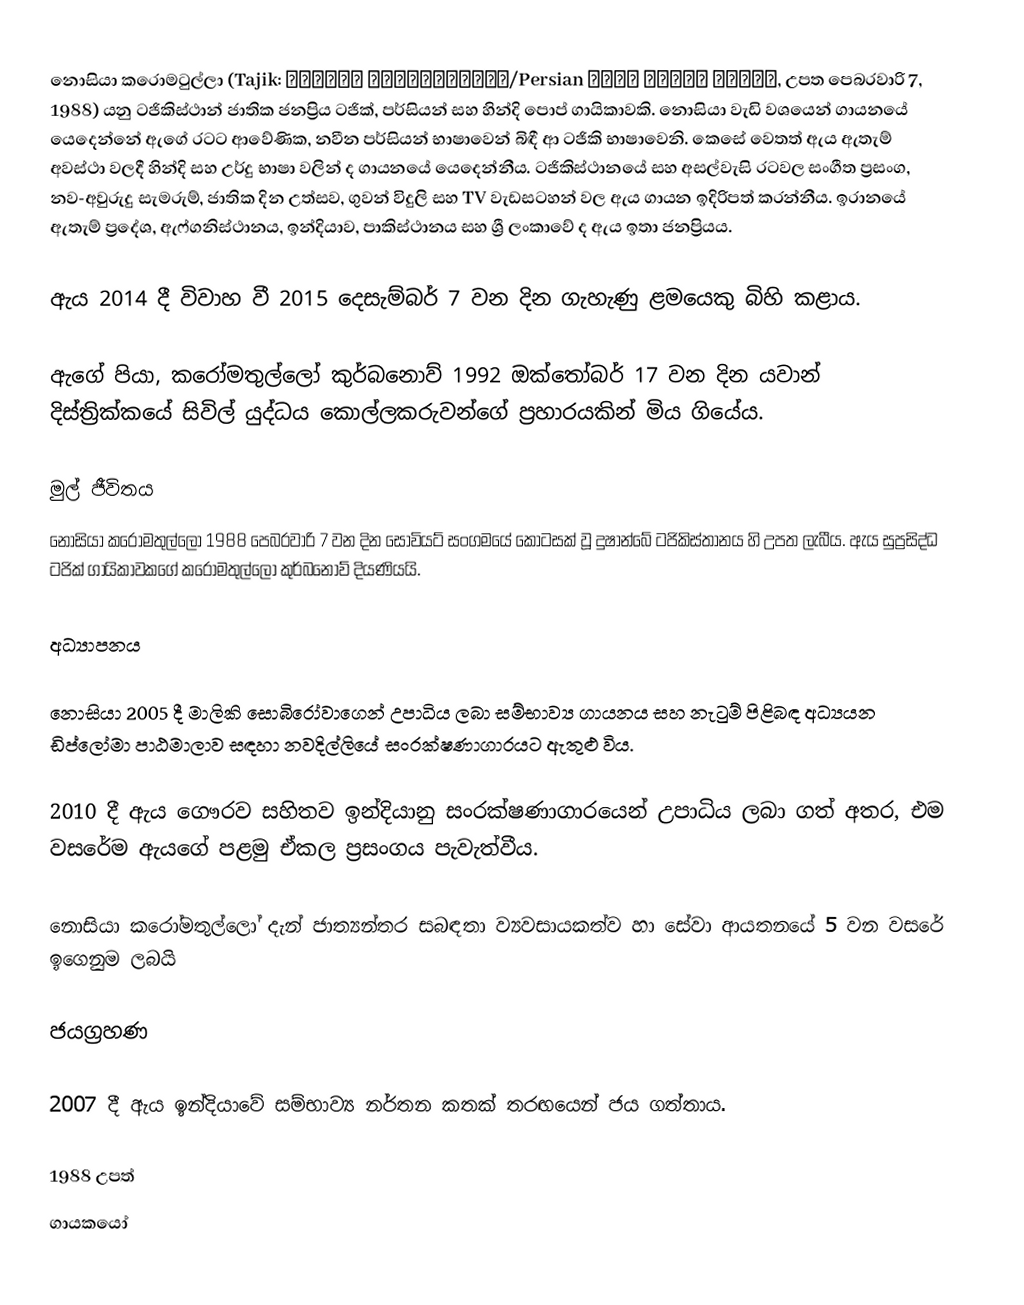
නොසියා කරොමටුල්ලා (Tajik: Нозияи Кароматулло/Persian نازیه کرامت الله, උපත පෙබරවාරි 7, 1988) යනු ටජිකිස්ථාන් ජාතික ජනප්‍රිය ටජික්, පර්සියන් සහ හින්දි පොප් ගායිකාවකි. නොසියා වැඩි වශයෙන් ගායනයේ යෙදෙන්නේ ඇගේ රටට ආවේණික, නවීන පර්සියන් භාෂාවෙන් බිඳී ආ ටජිකි භාෂාවෙනි. කෙසේ වෙතත් ඇය ඇතැම් අවස්ථා වලදී හින්දි සහ උර්දු භාෂා වලින් ද ගායනයේ යෙදෙන්නීය. ටජිකිස්ථානයේ සහ අසල්වැසි රටවල සංගීත ප්‍රසංග, නව-අවුරුදු සැමරුම්, ජාතික දින උත්සව, ගුවන් විදුලි සහ TV වැඩසටහන් වල ඇය ගායන ඉදිරිපත් කරන්නීය. ඉරානයේ ඇතැම් ප්‍රදේශ, ඇෆ්ගනිස්ථානය, ඉන්දියාව, පාකිස්ථානය සහ ශ්‍රී ලංකාවේ ද ඇය ඉතා ජනප්‍රියය.

ඇය 2014 දී විවාහ වී 2015 දෙසැම්බර් 7 වන දින ගැහැණු ළමයෙකු බිහි කළාය.

 ඇගේ පියා, කරෝමතුල්ලෝ කුර්බනොව් 1992 ඔක්තෝබර් 17 වන දින යවාන් දිස්ත්‍රික්කයේ  සිවිල් යුද්ධය කොල්ලකරුවන්ගේ ප්‍රහාරයකින් මිය ගියේය.

මුල් ජීවිතය
නොසියා කරෝමතුල්ලෝ 1988 පෙබරවාරි 7 වන දින සෝවියට් සංගමයේ කොටසක් වූ දුෂාන්බේ ටජිකිස්තානය හි උපත ලැබීය.  ඇය සුප්‍රසිද්ධ ටජික් ගායිකාවකගේ කරෝමතුල්ලෝ කුර්බනොව් දියණියයි.

අධ්‍යාපනය

නොසියා 2005 දී මාලිකි සොබිරෝවාගෙන් උපාධිය ලබා සම්භාව්‍ය ගායනය සහ නැටුම් පිළිබඳ අධ්‍යයන ඩිප්ලෝමා පාඨමාලාව සඳහා නවදිල්ලියේ සංරක්ෂණාගාරයට ඇතුළු විය.

2010 දී ඇය ගෞරව සහිතව ඉන්දියානු සංරක්ෂණාගාරයෙන් උපාධිය ලබා ගත් අතර, එම වසරේම ඇයගේ පළමු ඒකල ප්‍රසංගය පැවැත්වීය.

නොසියා කරෝමතුල්ලෝ දැන් ජාත්‍යන්තර සබඳතා ව්‍යවසායකත්ව හා සේවා ආයතනයේ 5 වන වසරේ ඉගෙනුම ලබයි

ජයග්‍රහණ

2007 දී ඇය ඉන්දියාවේ සම්භාව්‍ය නර්තන කතක් තරඟයෙන් ජය ගත්තාය.

1988 උපත්
ගායකයෝ